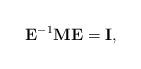
LaTeX: \begin{align*}\mathbf{E}^{-1}\mathbf{ME}=\mathbf{I},\end{align*}